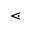
\lessdot